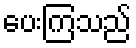
ပေးကြသည်